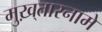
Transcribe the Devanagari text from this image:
मुख़्तारनामे